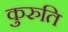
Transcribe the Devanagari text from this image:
कुरुति